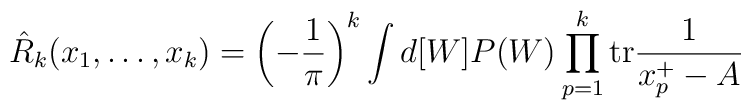
\hat R_k(x_1,\ldots,x_k)=\left(-\frac{1}{\pi}\right)^k  \int d[W] P(W) \prod_{p=1}^k {\rm tr} \frac{1}{x_p^+-A}